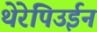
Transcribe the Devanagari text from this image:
थेरेपिउईन